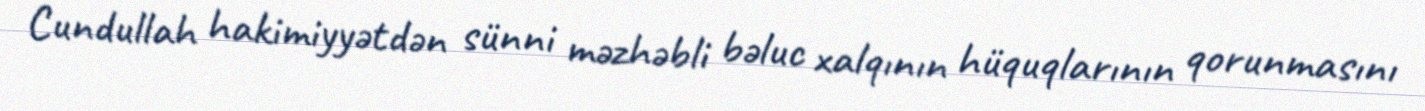
Cundullah hakimiyyətdən sünni məzhəbli bəluc xalqının hüquqlarının qorunmasını